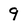
Character: 9